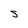
Character: s